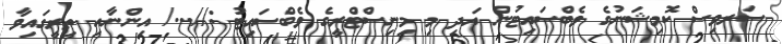
ސަރވިސް ކޮމިޝަނުގެ ވެބްސައިޓުން އަދި މި މިނިސްޓްރީގެ ވެބްސައިޓު ://.../ އިންނާއި ތިރީގައިވާ